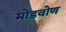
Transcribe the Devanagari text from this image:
मोडवोण